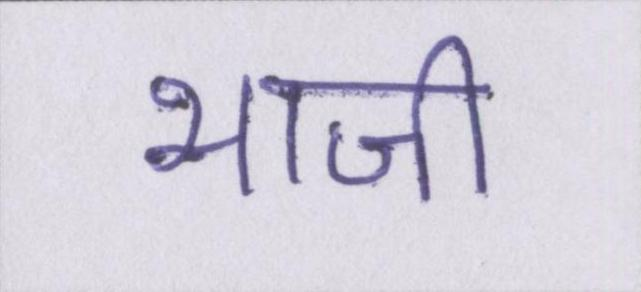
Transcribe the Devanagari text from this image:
भाजी